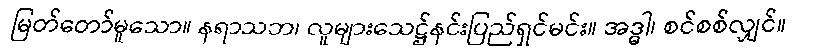
မြတ်တော်မူသော။ နရာသဘ၊ လူများသေဋ္ဌ်နင်းပြည်ရှင်မင်း။ အဒ္ဓါ၊ စင်စစ်လျှင်။